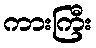
ကားကြီး